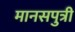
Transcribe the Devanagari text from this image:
मानसपुत्री